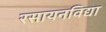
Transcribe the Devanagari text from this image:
रसायनविद्या